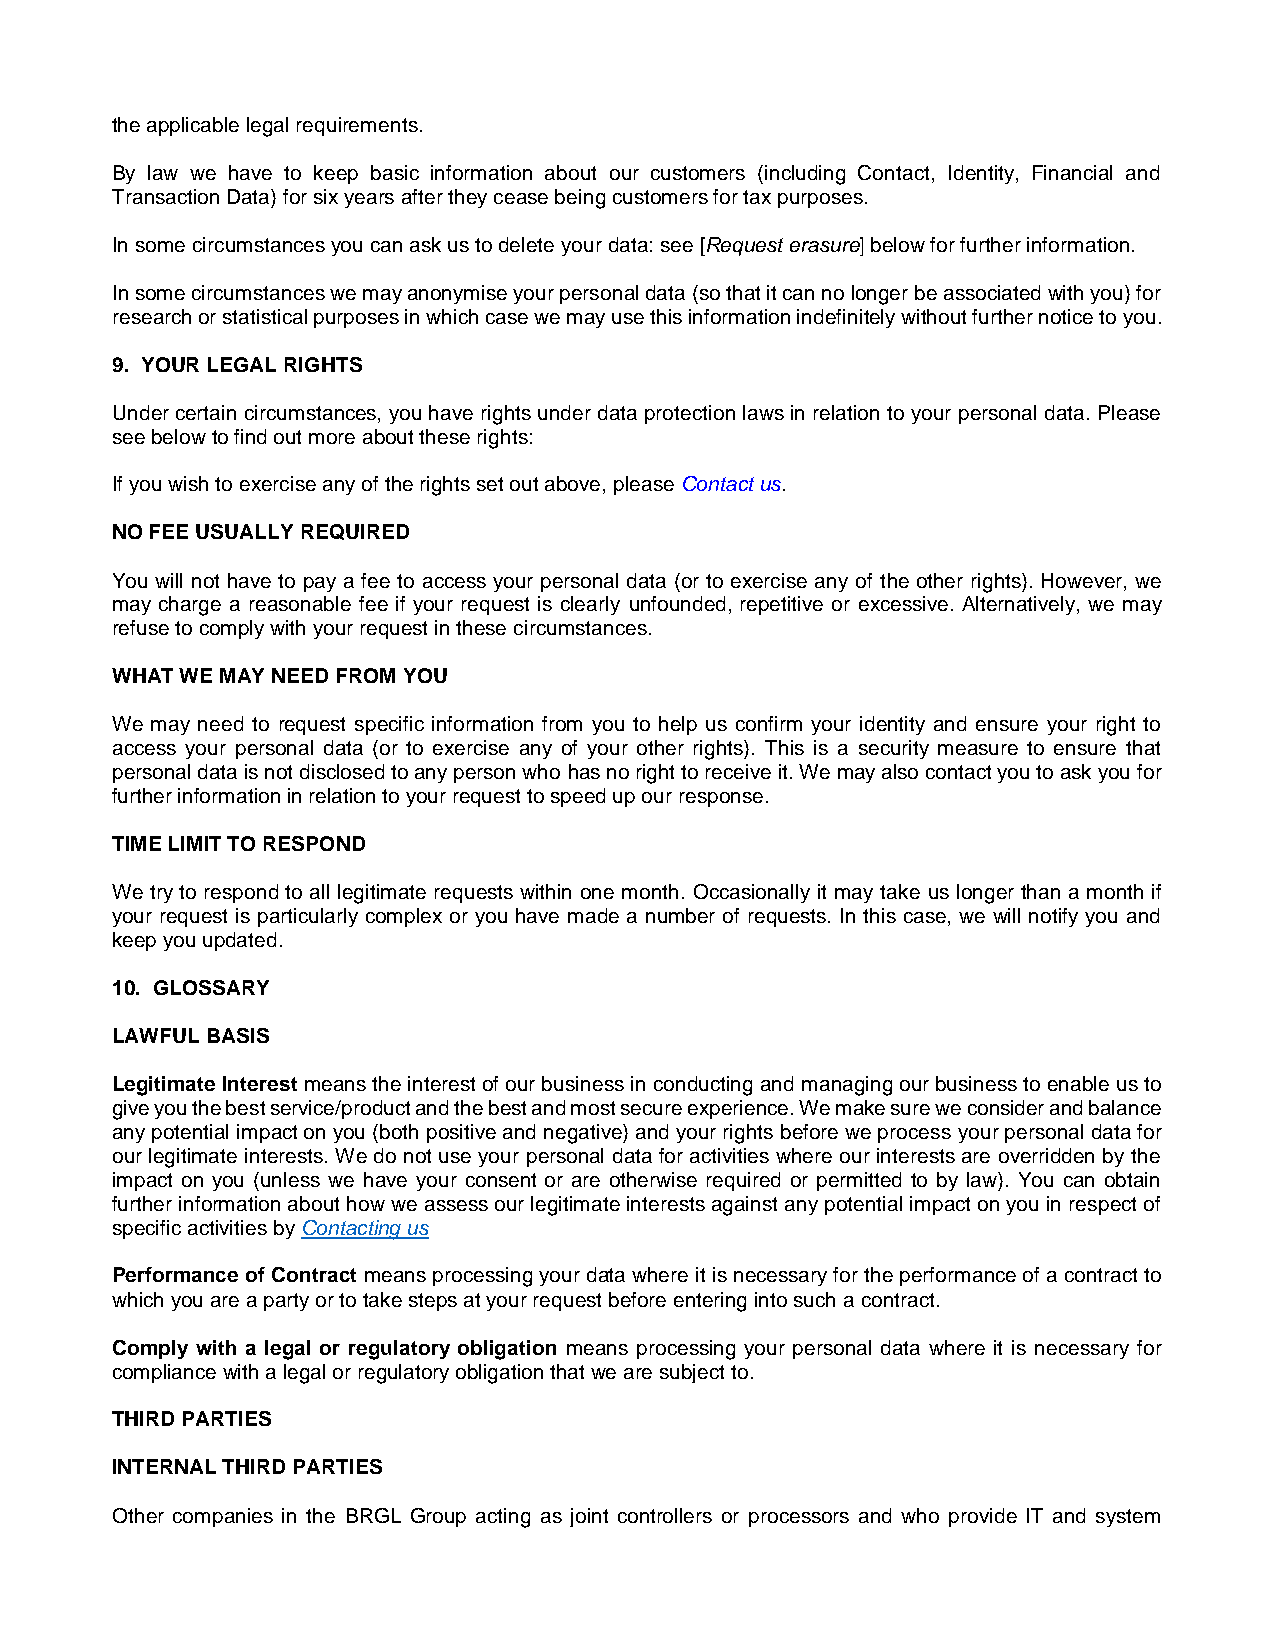
the applicable legal requirements.
 By law we have to keep basic information about our customers (including Contact, Identity, Financial and
 Transaction Data) for six years after they cease being customers for tax purposes.
 In some circumstances you can ask us to delete your data: see [Request erasure] below for further information.
 In some circumstances we may anonymise your personal data (so that it can no longer be associated with you) for
 research or statistical purposes in which case we may use this information indefinitely without further notice to you.
 9. YOUR LEGAL RIGHTS
 Under certain circumstances, you have rights under data protection laws in relation to your personal data. Please
 see below to find out more about these rights:
 If you wish to exercise any of the rights set out above, please Contact us.
 NO FEE USUALLY REQUIRED
 You will not have to pay a fee to access your personal data (or to exercise any of the other rights). However, we
 may charge a reasonable fee if your request is clearly unfounded, repetitive or excessive. Alternatively, we may
 refuse to comply with your request in these circumstances.
 WHAT WE MAY NEED FROM YOU
 We may need to request specific information from you to help us confirm your identity and ensure your right to
 access your personal data (or to exercise any of your other rights). This is a security measure to ensure that
 personal data is not disclosed to any person who has no right to receive it. We may also contact you to ask you for
 further information in relation to your request to speed up our response.
 TIME LIMIT TO RESPOND
 We try to respond to all legitimate requests within one month. Occasionally it may take us longer than a month if
 your request is particularly complex or you have made a number of requests. In this case, we will notify you and
 keep you updated.
 10. GLOSSARY
 LAWFUL BASIS
 Legitimate Interest means the interest of our business in conducting and managing our business to enable us to
 give you the best service/product and the best and most secure experience. We make sure we consider and balance
 any potential impact on you (both positive and negative) and your rights before we process your personal data for
 our legitimate interests. We do not use your personal data for activities where our interests are overridden by the
 impact on you (unless we have your consent or are otherwise required or permitted to by law). You can obtain
 further information about how we assess our legitimate interests against any potential impact on you in respect of
 specific activities by Contacting us
 Performance of Contract means processing your data where it is necessary for the performance of a contract to
 which you are a party or to take steps at your request before entering into such a contract.
 Comply with a legal or regulatory obligation means processing your personal data where it is necessary for
 compliance with a legal or regulatory obligation that we are subject to.
 THIRD PARTIES
 INTERNAL THIRD PARTIES
 Other companies in the BRGL Group acting as joint controllers or processors and who provide IT and system